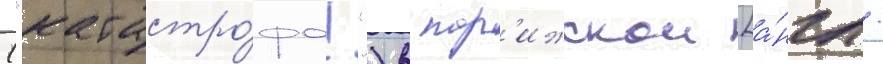
("катастро́фа!") в пар'ижскои [а́нгл.